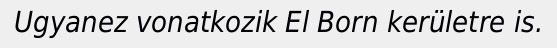
Ugyanez vonatkozik El Born kerületre is.